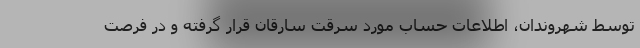
توسط شهروندان، اطلاعات حساب مورد سرقت سارقان قرار گرفته و در فرصت